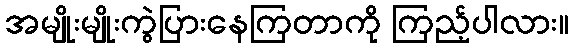
အမျိုးမျိုးကွဲပြားနေကြတာကို ကြည့်ပါလား။